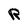
Character: R